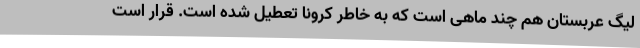
لیگ عربستان هم چند ماهی است که به خاطر کرونا تعطیل شده است. قرار است